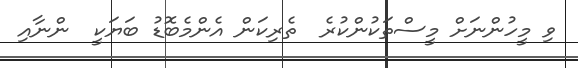
ވި މީހުންނަށް މީސްތަކުންކުރެ  ތެރިކަން އެންމެބޮޑު ބަޔަކީ  ންނާއި